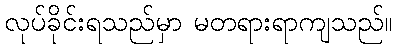
လုပ်ခိုင်းရသည်မှာ မတရားရာကျသည်။